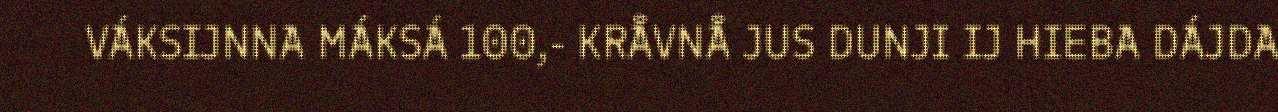
VÁKSIJNNA MÁKSÁ 100,- KRÅVNÅ JUS DUNJI IJ HIEBA DÁJDA